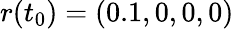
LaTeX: r(t_{0})=(0.1,0,0,0)